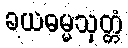
ခယဓမ္မသုတ္တံ